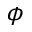
\phi